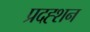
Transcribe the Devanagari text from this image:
प्रदह्शन